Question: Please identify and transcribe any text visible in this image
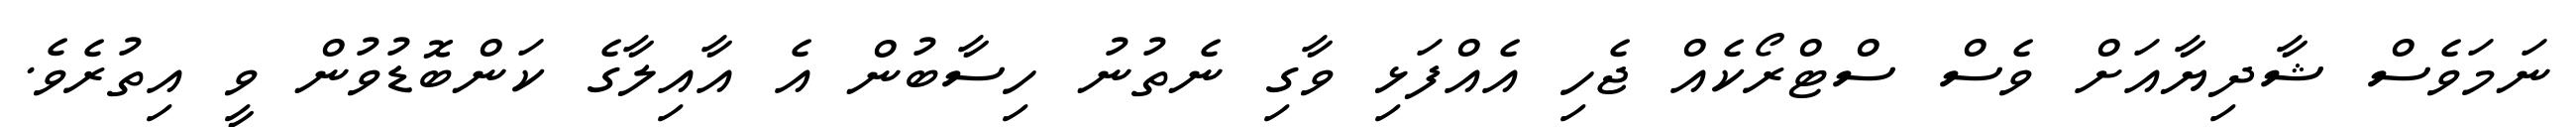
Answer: ނަމަވެސް ޝާދިޔާއަށް ވެސް ސްޓްރޯކެއް ޖެހި އެއްފަޅި ވާގި ނެތުނު ހިސާބުން އެ އާއިލާގެ ކަންބޮޑުވުން ވީ އިތުރެވެ.